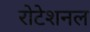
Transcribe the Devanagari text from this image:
रोटेशनल